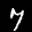
Label: 7